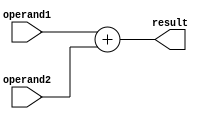
module fixed_point_addition
#(
parameter integer_bits = 8,
parameter fractional_bits = 8
)
(
input signed [integer_bits+fractional_bits-1:0] operand1,
input signed [integer_bits+fractional_bits-1:0] operand2,
output reg signed [integer_bits+fractional_bits-1:0] result
);

always @(*)
begin
result = operand1 + operand2;
end

endmodule